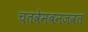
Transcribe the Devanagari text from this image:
चतवेमबनजवत